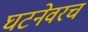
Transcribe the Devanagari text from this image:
घटनेवरच